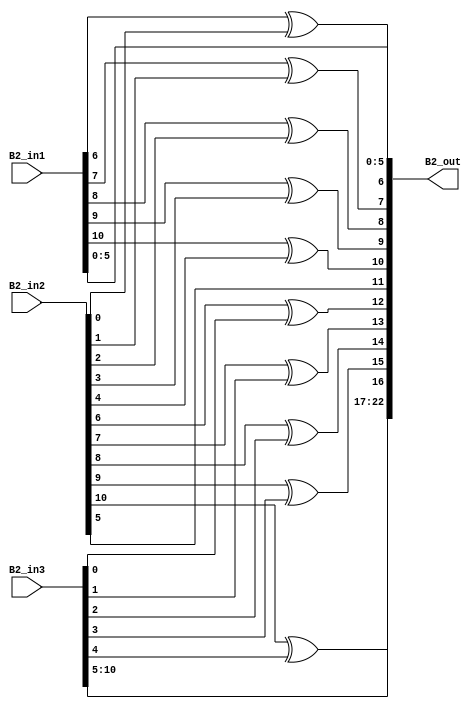
`timescale 1ns / 1ps
//////////////////////////////////////////////////////////////////////////////////
// Company: 
// Engineer: 
// 
// Design Name: 
// Module Name: overlap_module_12bit
// Project Name: 
// Target Devices: 
// Tool Versions: 
// Description: 
// 
// Dependencies: 
// 
// Revision:
// Revision 0.01 - File Created
// Additional Comments:
// 
//////////////////////////////////////////////////////////////////////////////////
    
    
module overlap_module_12bit(     
    B2_in1,                
    B2_in2,             
    B2_in3,   
    B2_out 
    );     


parameter n = 12;
    
input [n-2:0] B2_in1;   
input [n-2:0] B2_in2;    
input [n-2:0] B2_in3;    

output [2*n-2:0] B2_out;  
    


assign B2_out[0] = B2_in1[0];

assign B2_out[1] = B2_in1[1];

assign B2_out[2] = B2_in1[2];

assign B2_out[3] = B2_in1[3];

assign B2_out[4] = B2_in1[4];

assign B2_out[5] = B2_in1[5];

assign B2_out[6] = B2_in1[6]^ B2_in2[0];

assign B2_out[7] = B2_in1[7]^ B2_in2[1];

assign B2_out[8] = B2_in1[8]^ B2_in2[2];

assign B2_out[9] = B2_in1[9]^ B2_in2[3];

assign B2_out[10] = B2_in1[10]^ B2_in2[4];

assign B2_out[11] = B2_in2[5];

assign B2_out[12] = B2_in2[6]^B2_in3[0];

assign B2_out[13] = B2_in2[7]^B2_in3[1];

assign B2_out[14] = B2_in2[8]^B2_in3[2];

assign B2_out[15] = B2_in2[9]^B2_in3[3];

assign B2_out[16] = B2_in2[10]^B2_in3[4];

assign B2_out[17] = B2_in3[5];

assign B2_out[18] = B2_in3[6];

assign B2_out[19] = B2_in3[7];

assign B2_out[20] = B2_in3[8];

assign B2_out[21] = B2_in3[9];

assign B2_out[22] = B2_in3[10];

endmodule